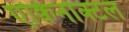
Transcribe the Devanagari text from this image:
एक्विनोक्टल